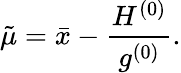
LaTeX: \tilde{\mu}=\bar{x}-\frac{H^{(0)}}{g^{(0)}}.